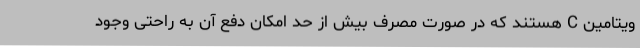
ویتامین C هستند که در صورت مصرف بیش از حد امکان دفع آن به راحتی وجود